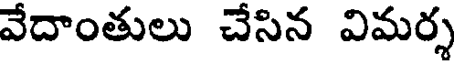
వేదాంతులు చేసిన విమర్శ